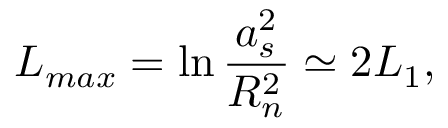
L _ { m a x } = \ln \frac { a _ { s } ^ { 2 } } { R _ { n } ^ { 2 } } \simeq 2 L _ { 1 } ,